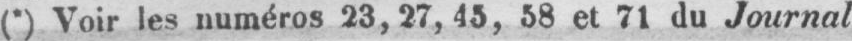
(*) Voir les numéros 23, 27, 43, 38 et 71 du Journal